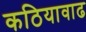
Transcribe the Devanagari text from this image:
कठियावाढ